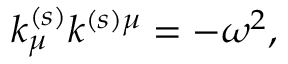
k _ { \mu } ^ { ( s ) } k ^ { ( s ) \mu } = - \omega ^ { 2 } ,